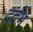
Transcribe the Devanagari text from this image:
दर्दभ